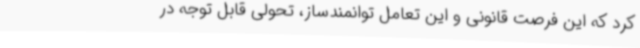
کرد که این فرصت قانونی و این تعامل توانمندساز، تحولی قابل توجه در